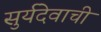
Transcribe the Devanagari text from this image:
सुर्यदेवाची